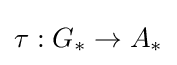
\tau :G_{*}\to A_{*}